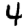
Digit: 4